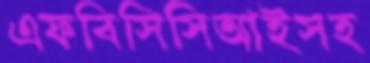
এফবিসিসিআইসহ